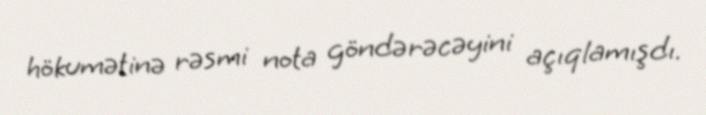
hökumətinə rəsmi nota göndərəcəyini açıqlamışdı.